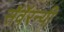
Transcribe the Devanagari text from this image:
सॅवॅरन्यी